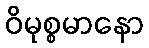
ဝိမုစ္စမာနော